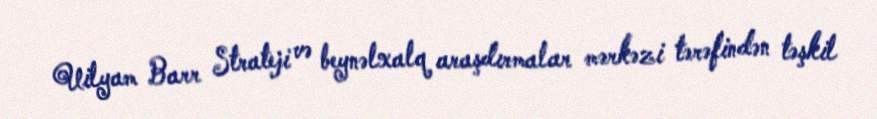
Uilyam Barr Strateji və beynəlxalq araşdırmalar mərkəzi tərəfindən təşkil